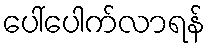
ပေါ်ပေါက်လာရန်